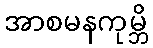
အာစမနကုမ္ဘိ